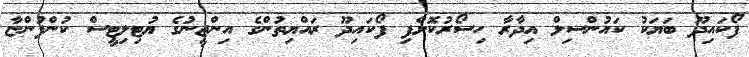
ފޯކައިދޫ ބަޔަކު ކައުންސިލް އިދާރާ ހިސޯރުކޮށްފި ފޯކައިދޫ ރައްޔިތުންގެ އިންޖީނުގެ ޔުޓިލިޓީސް ކުންފުންޏާ